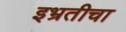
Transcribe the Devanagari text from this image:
इभ्रतीचा